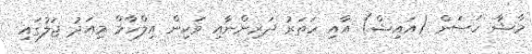
މާޝާ ހަސަން (އައިޝް) އާއި ހަތަރު ދަރިންނާއި ވަކިން އިލްހާމް މިއަދު ޖަލުގައި